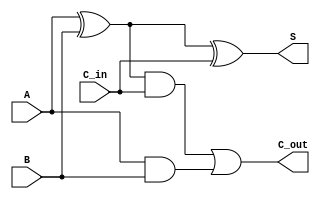

/*
* adder_substractor.v
* Created on Sat Mar 30 00:25:14 2019
* @author: Abdulkadir Kahraman
*/


// 1 bit full adder
// Summ = A xor B xor C_in
// C_out = AB + AC_in + BC_in
module full_adder(input A,B,C_in,output S,C_out);
  wire net1, net2, net3;
  
  assign net1 = A ^ B; // net1 = A xor B
  assign net2 = net1 & C_in; // net2 = net1 and C_in
  assign net3 = A & B; // net3 = a and b
  assign S = net1 ^ C_in; // Summ = net1 xor C_in;
  assign C_out = net2 | net3; // C_out = net2 or net3
  
endmodule

// 32 bit adder-substractor
// A, B : 32 bit inputs
// M : caryy_in or sign bit
// S : 32 bit output
// V : overflow bit 
// C : carry_out bit
module adder_substractor32(A,B,M,S,V,C);
  input [31:0] A,B;
  input M;
  output [31:0] S;
  output V,C;
  
  wire [31:0] net_MxorB;
  
  assign net_MxorB[0] = M ^ B[0];
  assign net_MxorB[1] = M ^ B[1];
  assign net_MxorB[2] = M ^ B[2];
  assign net_MxorB[3] = M ^ B[3];
  assign net_MxorB[4] = M ^ B[4];
  assign net_MxorB[5] = M ^ B[5];
  assign net_MxorB[6] = M ^ B[6];
  assign net_MxorB[7] = M ^ B[7];
  assign net_MxorB[8] = M ^ B[8];
  assign net_MxorB[9] = M ^ B[9];
  assign net_MxorB[10] = M ^ B[10];
  assign net_MxorB[11] = M ^ B[11];
  assign net_MxorB[12] = M ^ B[12];
  assign net_MxorB[13] = M ^ B[13];
  assign net_MxorB[14] = M ^ B[14];
  assign net_MxorB[15] = M ^ B[15];
  assign net_MxorB[16] = M ^ B[16];
  assign net_MxorB[17] = M ^ B[17];
  assign net_MxorB[18] = M ^ B[18];
  assign net_MxorB[19] = M ^ B[19];
  assign net_MxorB[20] = M ^ B[20];
  assign net_MxorB[21] = M ^ B[21];
  assign net_MxorB[22] = M ^ B[22];
  assign net_MxorB[23] = M ^ B[23];
  assign net_MxorB[24] = M ^ B[24];
  assign net_MxorB[25] = M ^ B[25];
  assign net_MxorB[26] = M ^ B[26];
  assign net_MxorB[27] = M ^ B[27];
  assign net_MxorB[28] = M ^ B[28];
  assign net_MxorB[29] = M ^ B[29];
  assign net_MxorB[30] = M ^ B[30];
  assign net_MxorB[31] = M ^ B[31];
  
  wire [30:0] carry;
  
  full_adder faddr0(.A(A[0]), .B(net_MxorB[0]), .C_in(M),.S(S[0]), .C_out(carry[0]));
  full_adder faddr1(A[1], net_MxorB[1], carry[0], S[1], carry[1]);
  full_adder faddr2(A[2], net_MxorB[2], carry[1], S[2], carry[2]);
  full_adder faddr3(A[3], net_MxorB[3], carry[2], S[3], carry[3]);
  full_adder faddr4(A[4], net_MxorB[4], carry[3], S[4], carry[4]);
  full_adder faddr5(A[5], net_MxorB[5], carry[4], S[5], carry[5]);
  full_adder faddr6(A[6], net_MxorB[6], carry[5], S[6], carry[6]);
  full_adder faddr7(A[7], net_MxorB[7], carry[6], S[7], carry[7]);
  full_adder faddr8(A[8], net_MxorB[8], carry[7], S[8], carry[8]);
  full_adder faddr9(A[9], net_MxorB[9], carry[8], S[9], carry[9]);
  full_adder faddr10(A[10], net_MxorB[10], carry[9], S[10], carry[10]);
  full_adder faddr11(A[11], net_MxorB[11], carry[10], S[11], carry[11]);
  full_adder faddr12(A[12], net_MxorB[12], carry[11], S[12], carry[12]);
  full_adder faddr13(A[13], net_MxorB[13], carry[12], S[13], carry[13]);
  full_adder faddr14(A[14], net_MxorB[14], carry[13], S[14], carry[14]);
  full_adder faddr15(A[15], net_MxorB[15], carry[14], S[15], carry[15]);
  full_adder faddr16(A[16], net_MxorB[16], carry[15], S[16], carry[16]);
  full_adder faddr17(A[17], net_MxorB[17], carry[16], S[17], carry[17]);
  full_adder faddr18(A[18], net_MxorB[18], carry[17], S[18], carry[18]);
  full_adder faddr19(A[19], net_MxorB[19], carry[18], S[19], carry[19]);
  full_adder faddr20(A[20], net_MxorB[20], carry[19], S[20], carry[20]);
  full_adder faddr21(A[21], net_MxorB[21], carry[20], S[21], carry[21]);
  full_adder faddr22(A[22], net_MxorB[22], carry[21], S[22], carry[22]);
  full_adder faddr23(A[23], net_MxorB[23], carry[22], S[23], carry[23]);
  full_adder faddr24(A[24], net_MxorB[24], carry[23], S[24], carry[24]);
  full_adder faddr25(A[25], net_MxorB[25], carry[24], S[25], carry[25]);
  full_adder faddr26(A[26], net_MxorB[26], carry[25], S[26], carry[26]);
  full_adder faddr27(A[27], net_MxorB[27], carry[26], S[27], carry[27]);
  full_adder faddr28(A[28], net_MxorB[28], carry[27], S[28], carry[28]);
  full_adder faddr29(A[29], net_MxorB[29], carry[28], S[29], carry[29]);
  full_adder faddr30(A[30], net_MxorB[30], carry[29], S[30], carry[30]);
  full_adder faddr31(A[31], net_MxorB[31], carry[30], S[31], C);
  
  assign V = C ^ carry[20]; 
endmodule